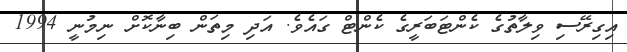
އިގިރޭސި ވިލާތުގެ ކެންޓަބަރީގެ ކެންޓް ގައެވެ. އަދި މިތަން ބިނާކޮށް ނިމުނީ 1994